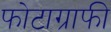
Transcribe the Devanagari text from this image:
फोटाग्राफी